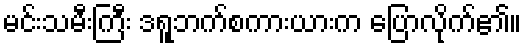
မင်းသမီးကြီး ဒရူဘက်စကားယားက ပြောလိုက်၏။